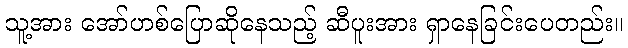
သူ့အား အော်ဟစ်ပြောဆိုနေသည့် ဆီပူးအား ရှာနေခြင်းပေတည်း။